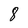
Character: 8